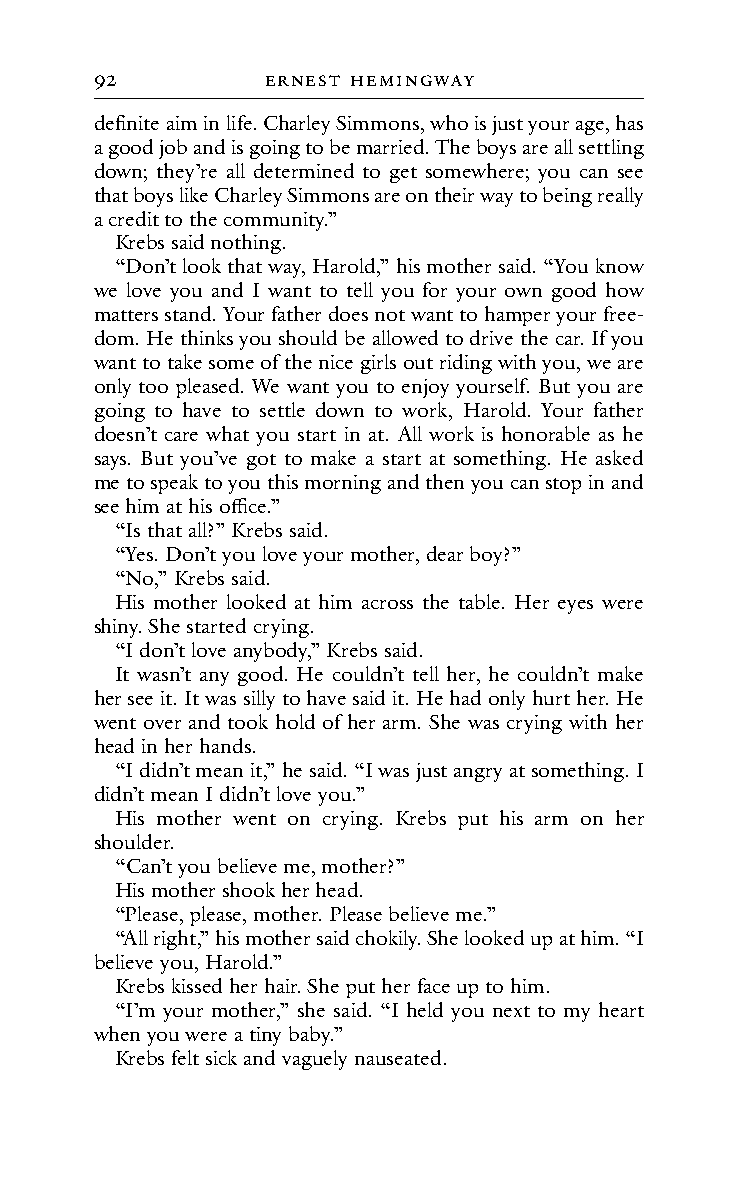
92          eRnest HeMInGWAY
 definite aim in life. Charley Simmons, who is just your age, has
 a good job and is going to be married. The boys are all settling
 down; they’re all determined to get somewhere; you can see
 that boys like Charley Simmons are on their way to being really
 a credit to the community.”
 Krebs said nothing.
 “Don’t look that way, Harold,” his mother said. “You know
 we love you and I want to tell you for your own good how
 matters stand. Your father does not want to hamper your free-
 dom. He thinks you should be allowed to drive the car. If you
 want to take some of the nice girls out riding with you, we are
 only too pleased. We want you to enjoy yourself. But you are
 going to have to settle down to work, Harold. Your father
 doesn’t care what you start in at. All work is honorable as he
 says. But you’ve got to make a start at something. He asked
 me to speak to you this morning and then you can stop in and
 see him at his office.”
 “Is that all?” Krebs said.
 “Yes. Don’t you love your mother, dear boy?”
 “No,” Krebs said.
 His mother looked at him across the table. Her eyes were
 shiny. She started crying.
 “I don’t love anybody,” Krebs said.
 It wasn’t any good. He couldn’t tell her, he couldn’t make
 her see it. It was silly to have said it. He had only hurt her. He
 went over and took hold of her arm. She was crying with her
 head in her hands.
 “I didn’t mean it,” he said. “I was just angry at something. I
 didn’t mean I didn’t love you.”
 His mother went on crying. Krebs put his arm on her
 shoulder.
 “Can’t you believe me, mother?”
 His mother shook her head.
 “Please, please, mother. Please believe me.”
 “All right,” his mother said chokily. She looked up at him. “I
 believe you, Harold.”
 Krebs kissed her hair. She put her face up to him.
 “I’m your mother,” she said. “I held you next to my heart
 when you were a tiny baby.”
 Krebs felt sick and vaguely nauseated.